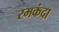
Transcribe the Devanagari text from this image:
रमकंदा